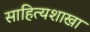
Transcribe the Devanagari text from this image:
साहित्यशाखा